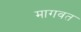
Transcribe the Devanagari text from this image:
मागवत